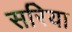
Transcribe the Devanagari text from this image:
सरिया